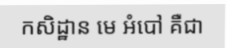
កសិដ្ឋាន មេ អំបៅ គឺជា